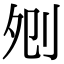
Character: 𠛠